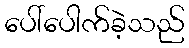
ပေါ်ပေါက်ခဲ့သည်